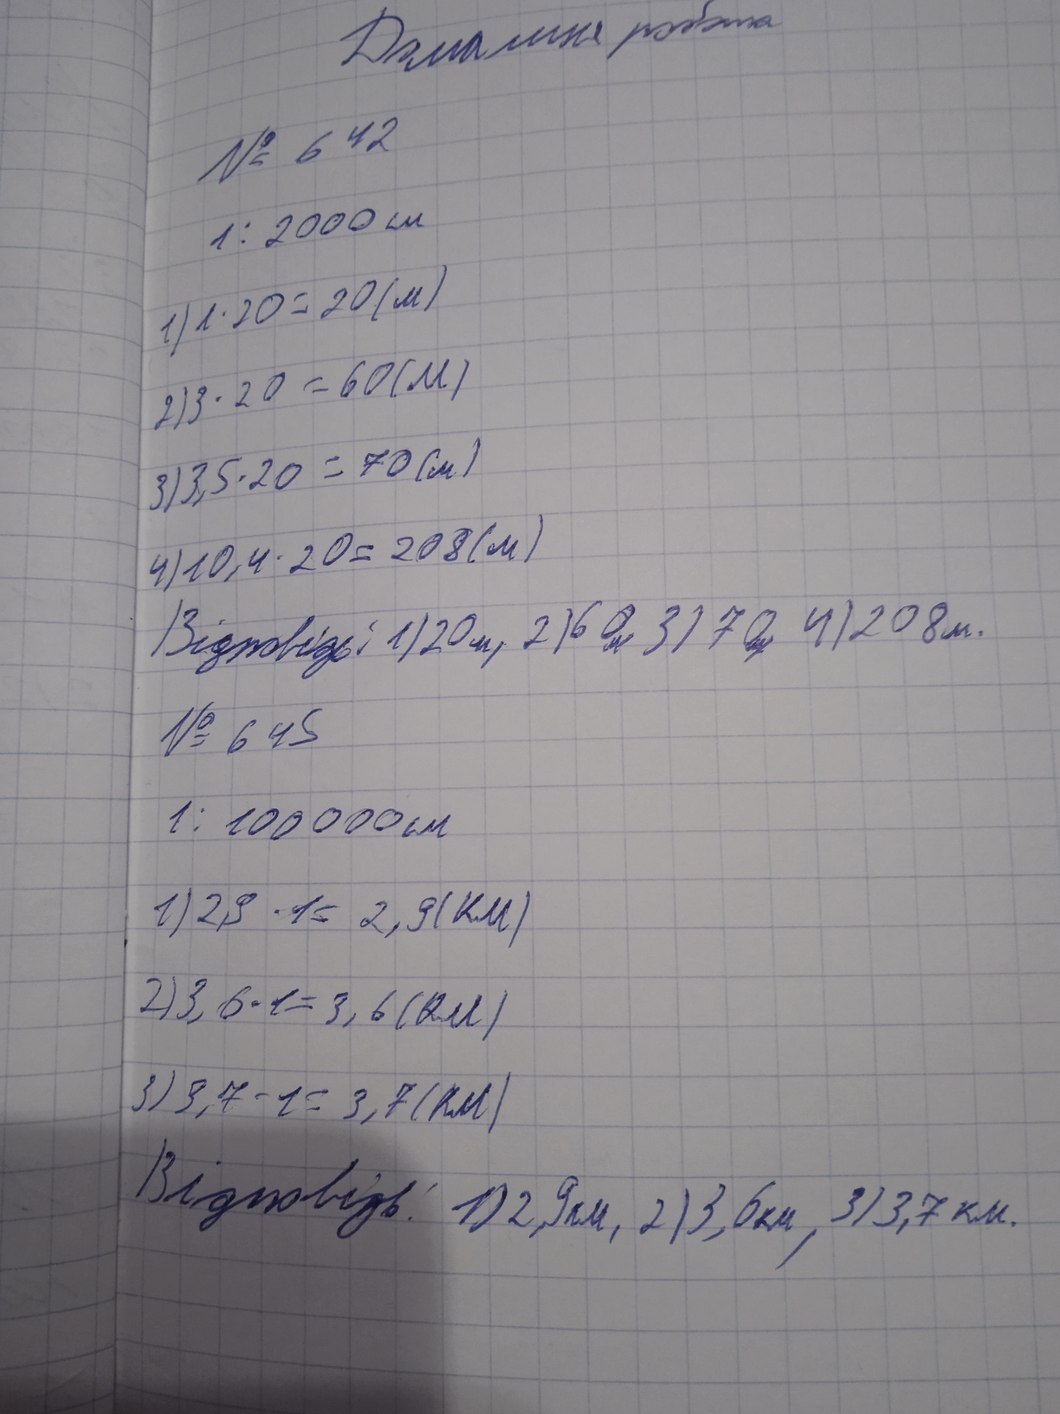
Домашня робота
№ 642
1: 2000 см
1) 1 \cdot 20 = 20 (\text{м})
2) 3 \cdot 20 = 60 (M)
3) 3,5 \cdot 20 = 70 (м)
4) 10,4 \cdot 20 = 208 (\text{м})
Відповідь: 1) 20 м, 2) 60 м 3) 70 , 4) 208 м.
№ 645
1: 100 000 см
1) 2,9 \cdot 1 = 2,9 (KM)
2) 3,6 \cdot 1 = 3,6 (\text{км})
3) 3,7 \cdot 1 = 3,7 (\text{км})
Відповідь: 1) 2,9 км, 2) 3,6 км, 3) 3,7 км.